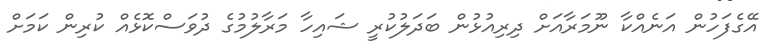
އޭގެފަހުން އަނެއްކާ ނޫމަރާއަށް ދިރިއުޅުން ބަދަލުކުރީ ޝައިހާ މަރާލުމުގެ ދުވަސްކޮޅެއް ކުރިން ކަމަށް